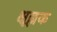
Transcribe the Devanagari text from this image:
क्षूल्लक